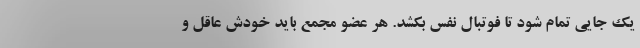
یک جایی تمام شود تا فوتبال نفس بکشد. هر عضو مجمع باید خودش عاقل و